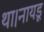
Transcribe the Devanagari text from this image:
था।नायडू